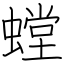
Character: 螳